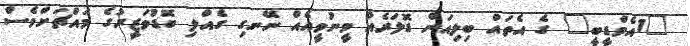
"1އެމްޑީބީ" ގެ އެތައް ބިލިއަން ޑޮލަރެއް ވީނުވީއެއް ނޭނގި ގެއްލި ބޮޑުވަޒީރުގެ މައްޗަށްވެސް